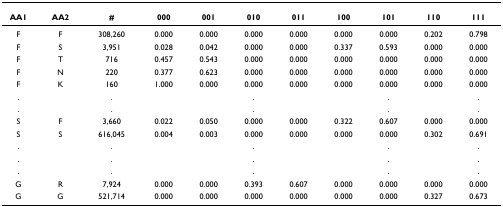
| AA1 | AA2 | # | 000 | 001 | 010 | 011 | 100 | 101 | 110 | 111 |
 | --- | --- | --- | --- | --- | --- | --- | --- | --- | --- | --- |
 | F | F | 308,260 | 0.000 | 0.000 | 0.000 | 0.000 | 0.000 | 0.000 | 0.202 | 0.798 |
 | F | S | 3,951 | 0.028 | 0.042 | 0.000 | 0.000 | 0.337 | 0.593 | 0.000 | 0.000 |
 | F | T | 716 | 0.457 | 0.543 | 0.000 | 0.000 | 0.000 | 0.000 | 0.000 | 0.000 |
 | F | N | 220 | 0.377 | 0.623 | 0.000 | 0.000 | 0.000 | 0.000 | 0.000 | 0.000 |
 | F | K | 160 | 1.000 | 0.000 | 0.000 | 0.000 | 0.000 | 0.000 | 0.000 | 0.000 |
 | . |  | . |  |  | . |  |  | . |  | . |
 | . |  | . |  |  | . |  |  | . |  | . |
 | S | F | 3,660 | 0.022 | 0.050 | 0.000 | 0.000 | 0.322 | 0.607 | 0.000 | 0.000 |
 | S | S | 616,045 | 0.004 | 0.003 | 0.000 | 0.000 | 0.000 | 0.000 | 0.302 | 0.691 |
 | . |  | . |  |  | . |  |  | . |  | . |
 | . |  | . |  |  | . |  |  | . |  | . |
 | . |  | . |  |  | . |  |  | . |  | . |
 | G | R | 7,924 | 0.000 | 0.000 | 0.393 | 0.607 | 0.000 | 0.000 | 0.000 | 0.000 |
 | G | G | 521,714 | 0.000 | 0.000 | 0.000 | 0.000 | 0.000 | 0.000 | 0.327 | 0.673 |